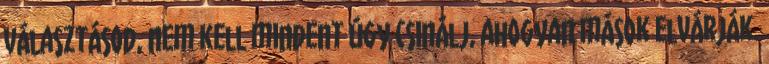
választásod, nem kell mindent úgy csinálj, ahogyan mások elvárják.